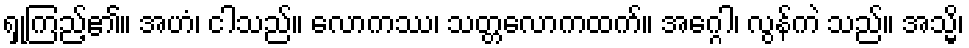
ရှုကြည့်၏။ အဟံ၊ ငါသည်။ လောကဿ၊ သတ္တလောကထက်။ အဂ္ဂေါ၊ လွန်ကဲ သည်။ အသ္မိ၊